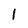
Character: 1